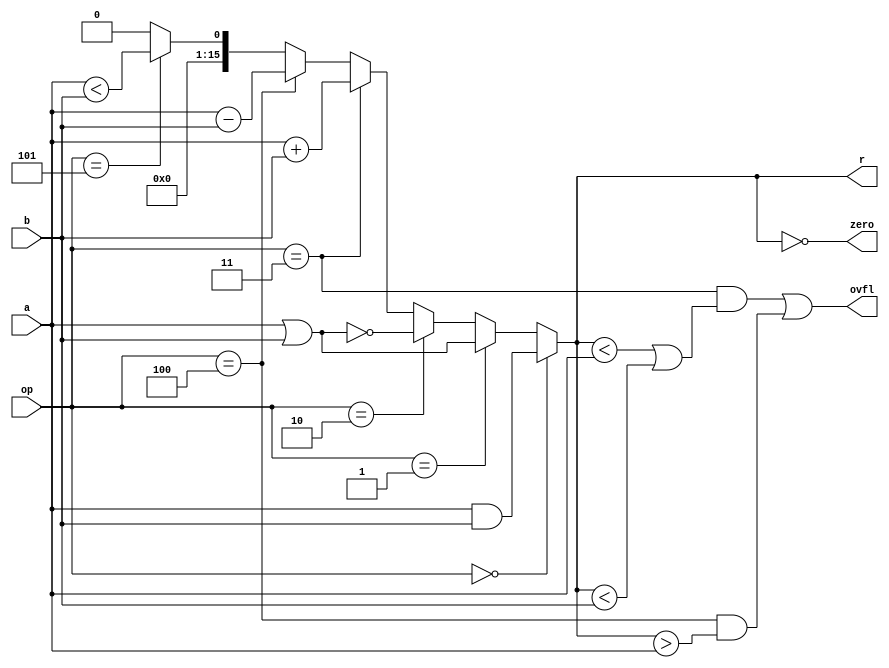
`timescale 1ns / 1ps
//////////////////////////////////////////////////////////////////////////////////
// Company: 
// Engineer: 
// 
// Design Name: 
// Module Name:    ALU16b 
// Project Name: 
// Target Devices: 
// Tool versions: 
// Description: 
//
// Dependencies: 
//
// Revision: 
// Revision 0.01 - File Created
// Additional Comments: 
//
//////////////////////////////////////////////////////////////////////////////////
module ALU16b(a,b,op,r,zero,ovfl);
	input wire signed [15:0] a;
	input wire signed [15:0] b;
	input wire [2:0] op;
	output wire signed [15:0] r;
	output wire zero;
	output wire ovfl;
	wire signed [15:0] sum;
	
	assign r=
		(op==3'b000)?(a&b):0 |
		(op==3'b001)?(a|b):0 |
		(op==3'b010)?(~(a|b)):0 |
		(op==3'b011)?(a+b):0 |
		(op==3'b100)?(a-b):0 |
		(op==3'b101)?(a<b):0;
	assign ovfl=((op==3'b011)&((r<a)|(r<b)))|
		((op==3'b100)&(r>a));
	assign zero=(r==0);


endmodule